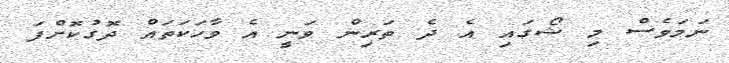
ނަމަވެސް މި ޝޯގައި އެ ދެ ތަރިން ވަނީ އެ ވާހަކަތައް ދޮގުކޮށްފަ